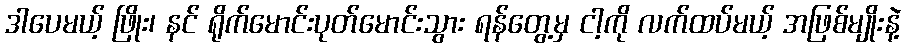
ဒါပေမယ့် ဖြိုး၊ နင် ရိုက်မောင်းပုတ်မောင်းသွား ရန်တွေ့မှ ငါ့ကို လက်ထပ်မယ့် အဖြစ်မျိုးနဲ့